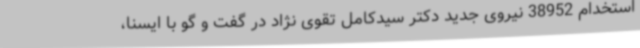
استخدام 38952 نیروی جدید دکتر سیدکامل تقوی نژاد در گفت و گو با ایسنا،